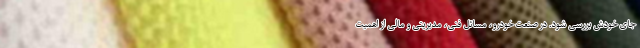
جای خودش بررسی شود. در صنعت خودرو، مسائل فنی، مدیریتی و مالی از اهمیت